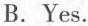
B.Yes.